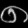
Digit: ၈